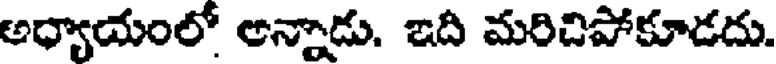
అధ్యాయంలో అన్నాడు. ఇది మరిచిపోకూడదు.